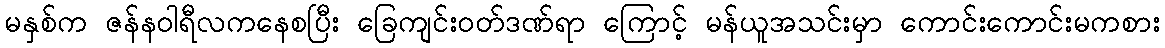
မနှစ်က ဇန်နဝါရီလကနေစပြီး ခြေကျင်းဝတ်ဒဏ်ရာ ကြောင့် မန်ယူအသင်းမှာ ကောင်းကောင်းမကစား